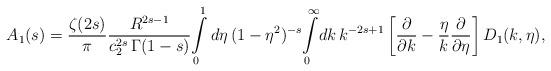
LaTeX: \begin{align*}A_{1}(s)=\frac{\zeta(2s)}{\pi}\frac{R^{2s-1}}{c_2^{2s}\,\Gamma(1-s)}\!\int\limits_{0}^{1}d\eta\,(1-\eta^2)^{-s}\!\int\limits_{0}^{\infty}\! dk\, k^{-2s+1}\left[\frac{\partial}{\partial k}-\frac{\eta}{k}\frac{\partial}{\partial \eta}\right]D_{1}(k,\eta),\end{align*}